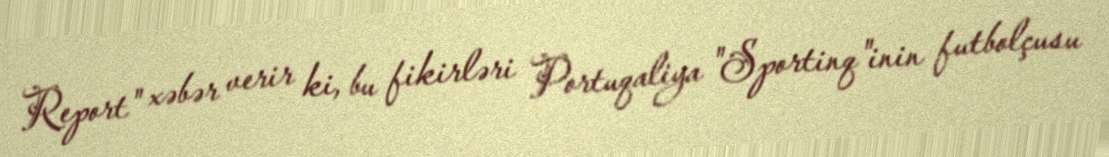
Report" xəbər verir ki, bu fikirləri Portuqaliya "Sportinq"inin futbolçusu